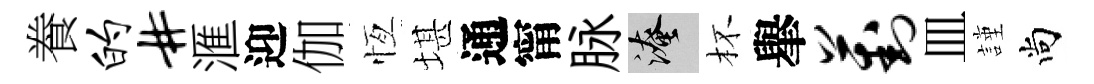
飬的#滙迎伽恆堪通甯脉淹杯𦦙葑皿謹尚